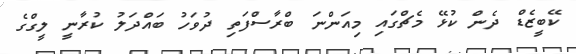
ކޭބީޒެޑް ދެން ކުޅޭ މެޗްގައި މިއަންނަ ބްރާސްފަތި ދުވަހު ބައްދަލު ކުރާނީ ލީގްގެ